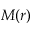
M ( r )